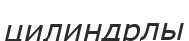
цилиндрлы